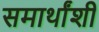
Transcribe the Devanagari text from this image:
समार्थांशी